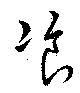
飽